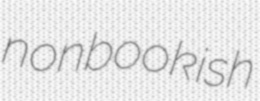
nonbookish